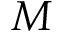
M